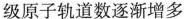
级原子轨道数逐渐增多